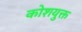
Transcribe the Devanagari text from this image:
कोशयुक्त